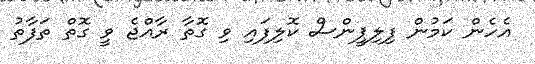
އެހެން ކަމުން ފިލިޕީންސް ކޮލިފައި ވި ގޮތާ ރާއްޖެ ވީ ގޮތް ތަފާތު